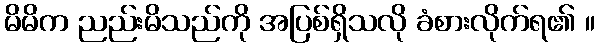
မိမိက ညည်းမိသည်ကို အပြစ်ရှိသလို ခံစားလိုက်ရ၏ ။